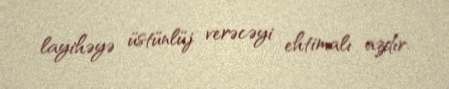
layihəyə üstünlüj verəcəyi ehtimalı azdır.